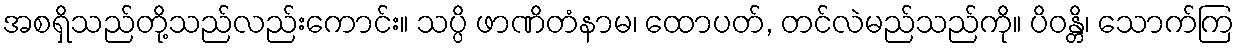
အစရှိသည်တို့သည်လည်းကောင်း။ သပ္ပိ ဖာဏိတံနာမ၊ ထောပတ်, တင်လဲမည်သည်ကို။ ပိဝန္တိ၊ သောက်ကြ